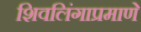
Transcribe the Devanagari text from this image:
शिवलिंगाप्रमाणे